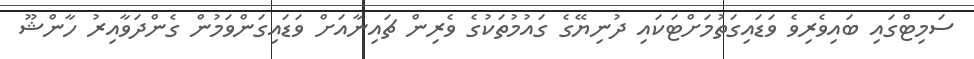
ސަމިޓްގައި ބައިވެރިވެ ވަޑައިގަތުމަށްޓަކައި ދުނިޔޭގެ ގައުމުތަކުގެ ވެރިން ޗައިނާއަށް ވަޑައިގަންވަމުން ގެންދަވާއިރު ހާންޝޫ